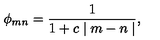
\phi _ { m n } = \frac { 1 } { 1 + c \mid m - n \mid } ,